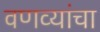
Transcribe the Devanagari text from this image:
वणव्यांचा